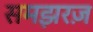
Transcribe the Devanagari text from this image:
समझरज़